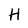
Character: H